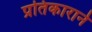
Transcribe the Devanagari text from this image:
प्रतिकाराने